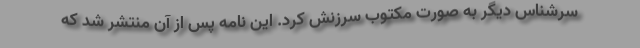
سرشناس دیگر به صورت مکتوب سرزنش کرد. این نامه پس از آن منتشر شد که